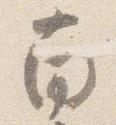
南